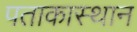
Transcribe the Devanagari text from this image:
पताकास्थान